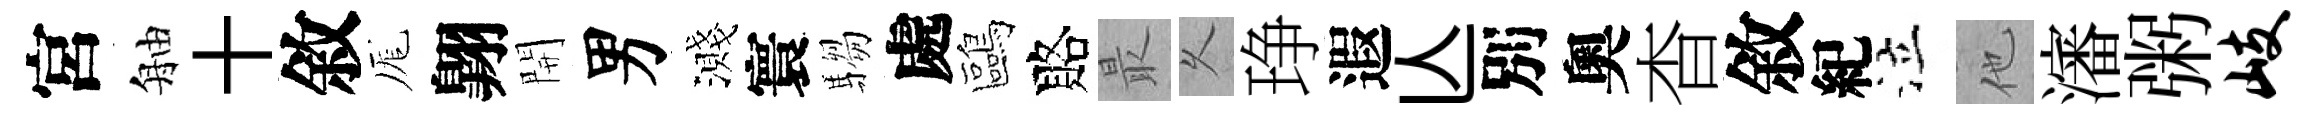
宮舳十敘厖翺開男濺寰騶處鷗賂最乆琤遐亾別奧杳敘紀泣他瀋粥岐